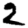
Digit: 2